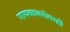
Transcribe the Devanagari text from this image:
गायकाबरोबरही